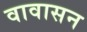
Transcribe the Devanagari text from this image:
वावासन